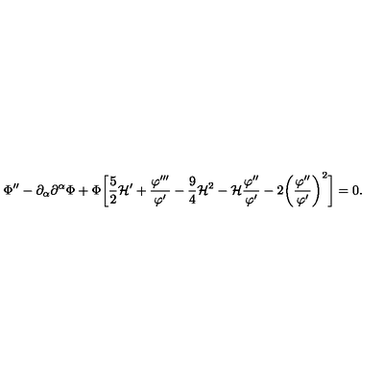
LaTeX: \Phi ^ { \prime \prime } - \partial _ { \alpha } \partial ^ { \alpha } \Phi + \Phi \biggl [ \frac { 5 } { 2 } { \cal H } ^ { \prime } + \frac { \varphi ^ { \prime \prime \prime } } { \varphi ^ { \prime } } - \frac { 9 } { 4 } { \cal H } ^ { 2 } - { \cal H } \frac { \varphi ^ { \prime \prime } } { \varphi ^ { \prime } } - 2 \biggl ( \frac { \varphi ^ { \prime \prime } } { \varphi ^ { \prime } } \biggr ) ^ { 2 } \biggr ] = 0 .